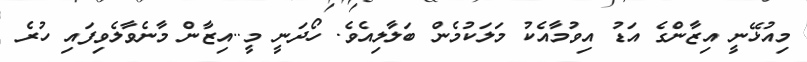
މިއުޅޭނީ އިޒާންގެ އަޑު އިވުމާއެކު މަލަކުމެން ބަލާލިއެވެ. ހޯދަނީ މީ..އިޒާން މާނެވާލެވިފައި ހުރެ